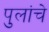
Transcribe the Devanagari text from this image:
पुलांचे